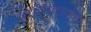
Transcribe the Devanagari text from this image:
माचीवरला